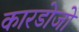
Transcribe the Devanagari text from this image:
कारडोजो